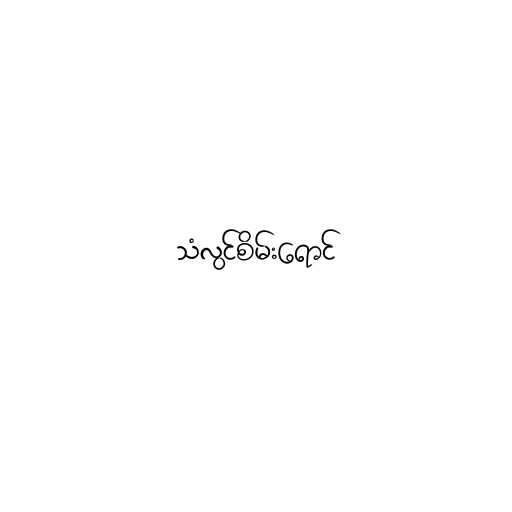
သံလွင်စိမ်းရောင်